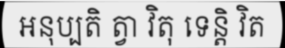
អនុប្បតិ ត្វា វិតុ ទេន្តិ វិត